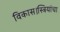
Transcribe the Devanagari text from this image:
विकास।स्त्रियांचा